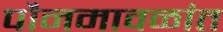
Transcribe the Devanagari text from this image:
पौनमावळांत